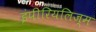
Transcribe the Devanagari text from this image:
इंपीरियलिज़्म